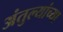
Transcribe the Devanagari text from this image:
अंतुल्यांच्या